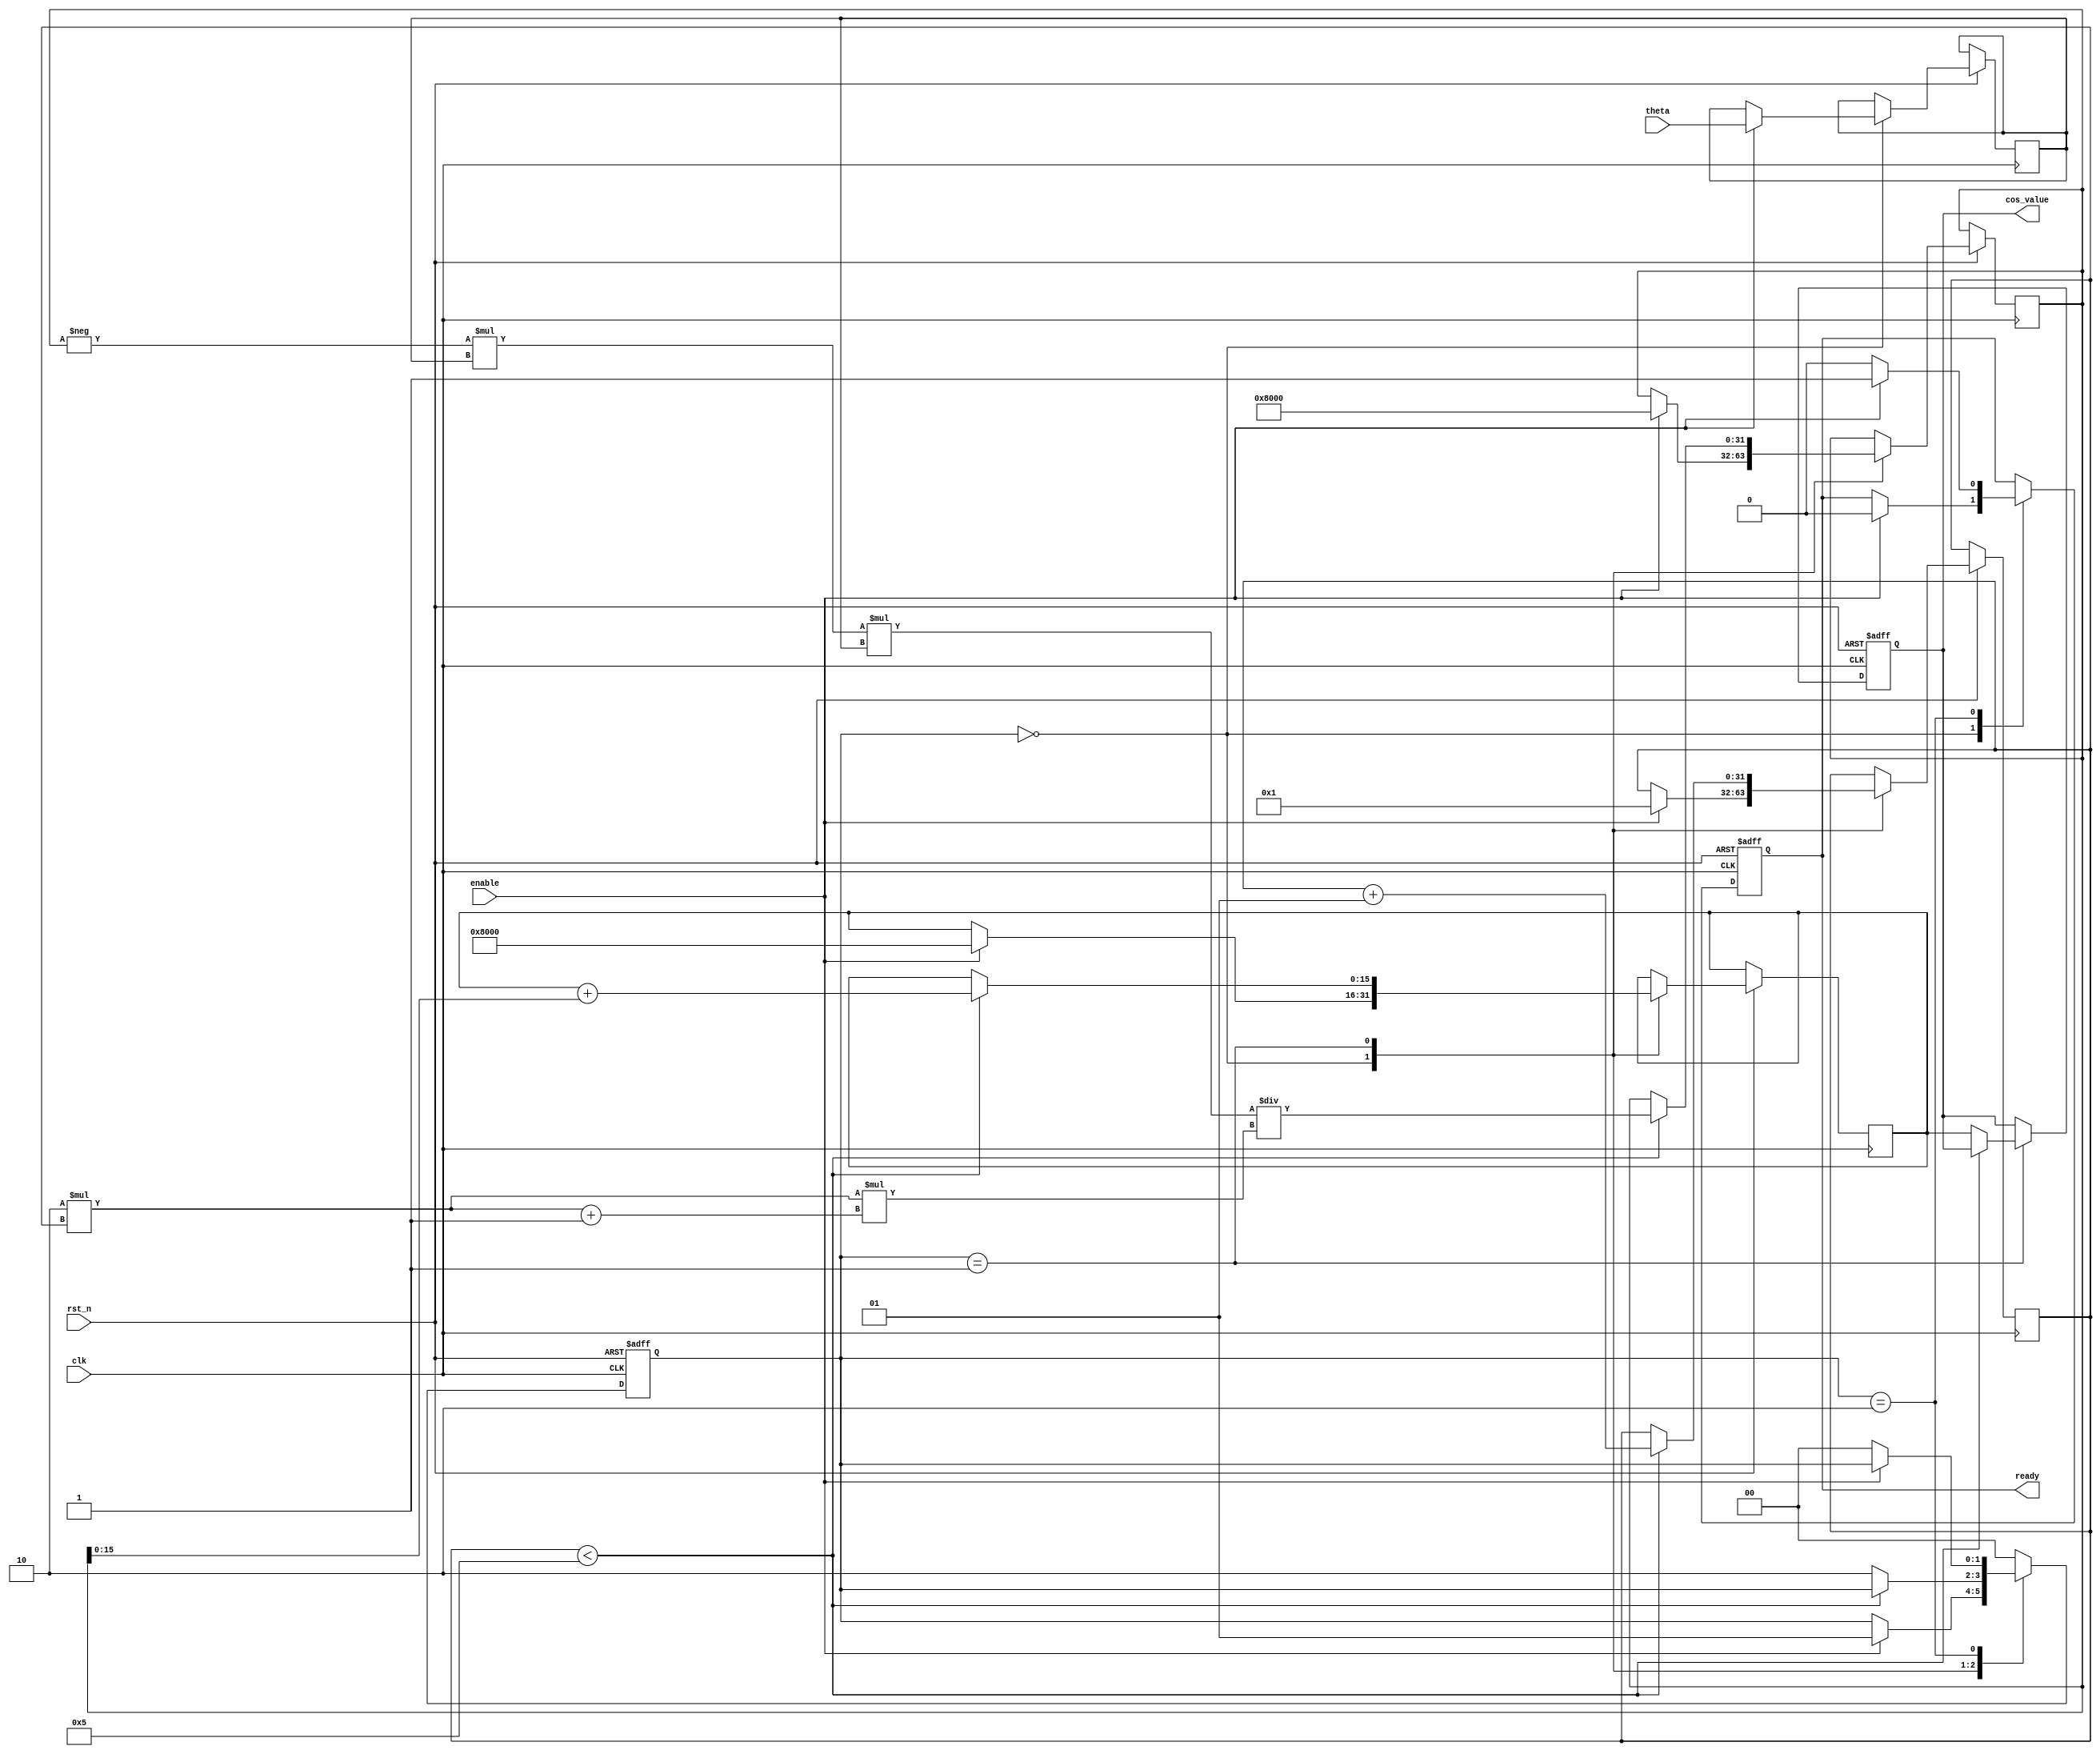
module Cosine (
    input wire clk,                  // Clock signal
    input wire rst_n,                // Active-low reset
    input wire enable,               // Enable signal to start computation
    input wire [15:0] theta,         // Input angle in Q1.15 format
    output reg [15:0] cos_value,     // Cosine output in Q1.15 format
    output reg ready                 // Output signal indicating computation completion
);

// State definitions
localparam IDLE = 2'b00;
localparam COMPUTE = 2'b01;
localparam DONE = 2'b10;

reg [1:0] state;
reg [15:0] x;                     // Variable for theta
reg [31:0] term;                  // Current term in the Taylor series
reg [15:0] sum;                   // Accumulated sum for cosine value
integer i;

// Taylor Series coefficients for cos(x)
// cos(x) = 1 - x^2/2! + x^4/4! - x^6/6! + ... up to 6 terms for simplicity

// Constants in Q1.15 format
localparam [15:0] COEFF0 = 16'h8000;  // 1.0 in Q1.15
localparam [15:0] COEFF1 = 16'h4000;  // 0.5 in Q1.15
localparam [15:0] COEFF2 = 16'h1D80;  // 0.0416667 in Q1.15 (1/24)
localparam [15:0] COEFF3 = 16'h05C3;  // 0.00138889 in Q1.15 (1/720)
localparam [15:0] COEFF4 = 16'h000C;  // 0.0000248016 in Q1.15 (1/40320)

always @(posedge clk or negedge rst_n) begin
    if (!rst_n) begin
        state <= IDLE;
        cos_value <= 0;
        ready <= 0;
    end else begin
        case (state)
            IDLE: begin
                if (enable) begin
                    x <= theta; // Assume theta is already in range [-pi, pi]
                    sum <= COEFF0; // Initialize sum with the first term
                    term <= COEFF0; // Initialize first term
                    i <= 1;
                    state <= COMPUTE;
                    ready <= 0;
                end
            end
            
            COMPUTE: begin
                if (i < 5) begin // Compute up to 5 terms
                    // Compute new term based on previous term
                    term <= -term * x * x / (2 * i * (2 * i + 1)); // (-1)^i * x^(2*i) / (2*i)!
                    sum <= sum + term; // Accumulate the sum
                    i <= i + 1;
                end else begin
                    cos_value <= sum[15:0]; // Take the upper 16 bits as output
                    state <= DONE;
                end
            end
            
            DONE: begin
                ready <= 1; // Set ready to indicate output is valid
                if (!enable) begin
                    state <= IDLE; // Go back to IDLE on disable
                    ready <= 0; // Reset ready signal
                end
            end
            
            default: state <= IDLE; // Default case
        endcase
    end
end

endmodule